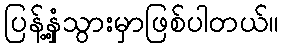
ပြန့်နှံ့သွားမှာဖြစ်ပါတယ်။